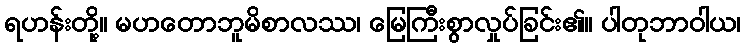
ရဟန်းတို့။ မဟတောဘူမိစာလဿ၊ မြေကြီးစွာလှုပ်ခြင်း၏။ ပါတုဘာဝါယ၊